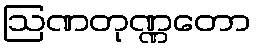
ဩဏတုဏ္ဏတော